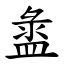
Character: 盝